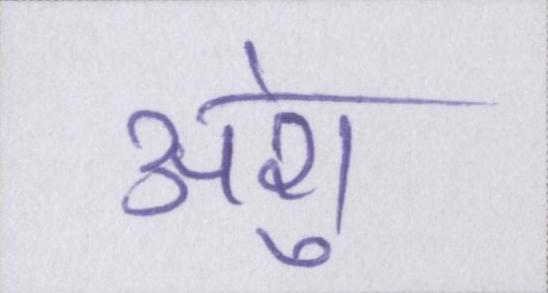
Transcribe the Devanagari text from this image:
अंशु